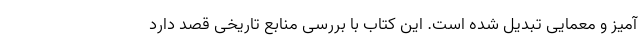
آمیز و معمایی تبدیل شده است. این کتاب با بررسی منابع تاریخی قصد دارد